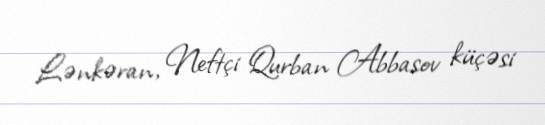
Lənkəran, Neftçi Qurban Abbasov küçəsi